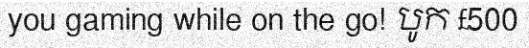
you gaming while on the go! បូក £500